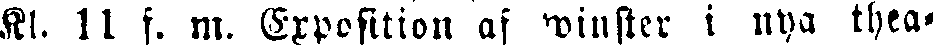
Kl. 11 f. m. Exposition af winster i nya thea-